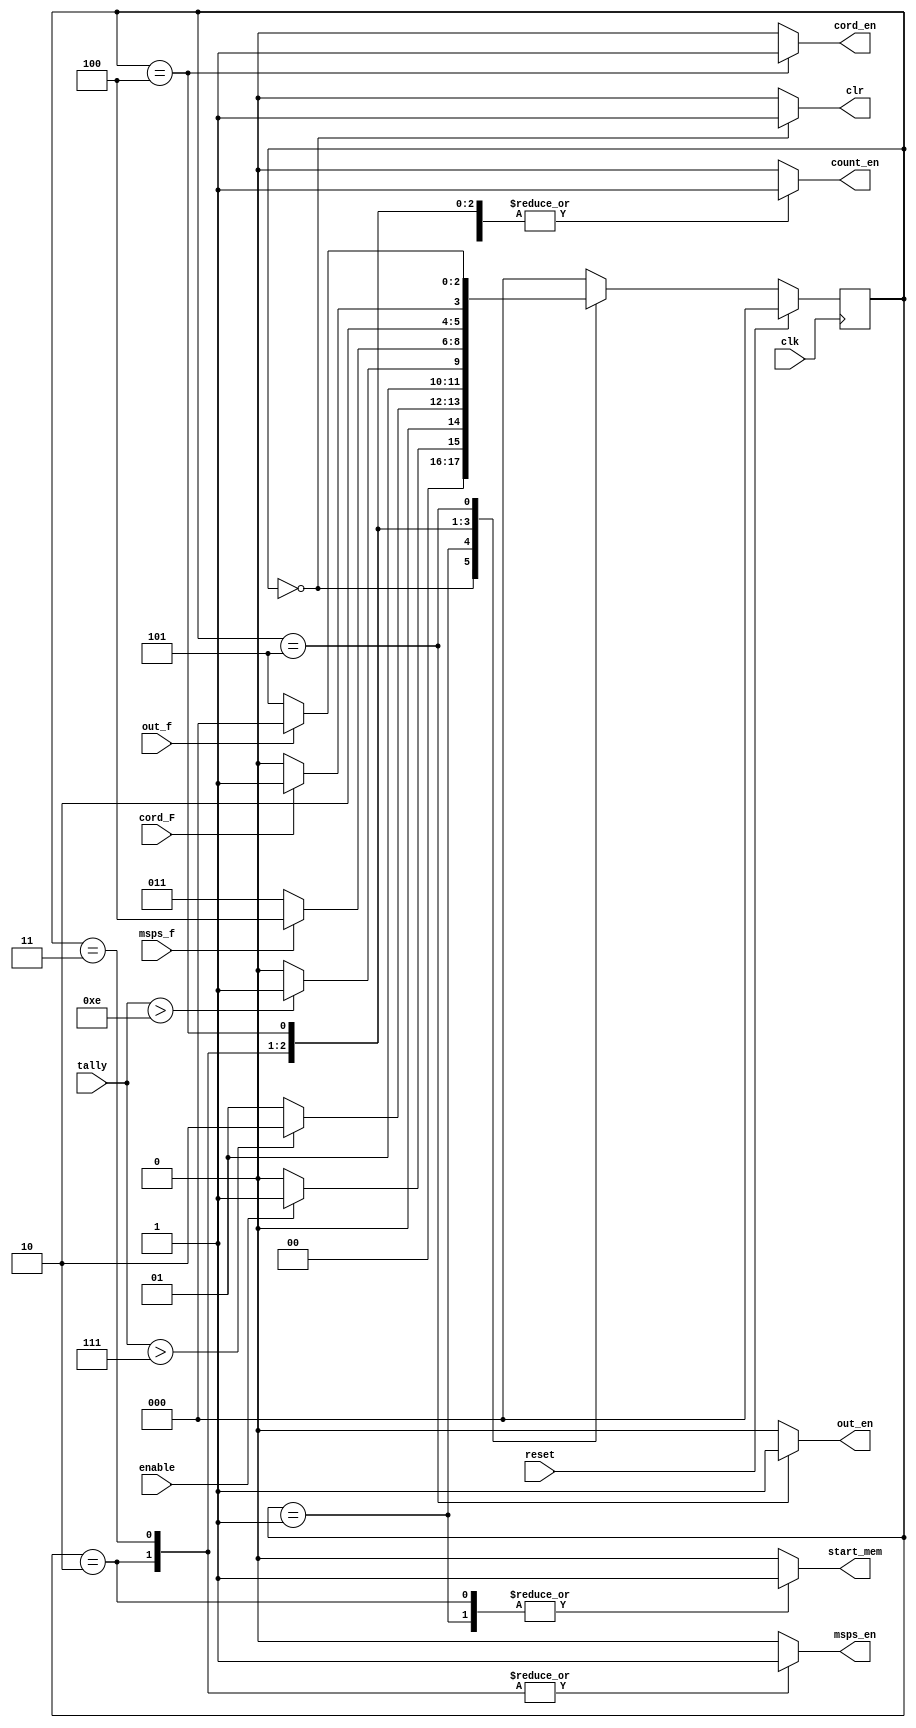
`timescale 1ns / 1ps
//////////////////////////////////////////////////////////////////////////////////
// Company: 
// Engineer: 
// 
// Design Name: 
// Module Name: controlpath
// Project Name: 
// Target Devices: 
// Tool Versions: 
// Description: 
// 
// Dependencies: 
// 
// Revision:
// Revision 0.01 - File Created
// Additional Comments:
// 
//////////////////////////////////////////////////////////////////////////////////


module controlpath#(parameter CLOCK_LIM = 6, DCT_POINT = 16, s0 = 3'b000, s1 = 3'b001, s2 = 3'b010, s3 = 3'b011
 , s4 = 3'b100, s5 = 3'b101)
(clk, reset, enable, clr, tally, start_mem, count_en, msps_en, msps_f, out_en, out_f, cord_F, cord_en);
input clk, reset, enable, msps_f, out_f, cord_F;
input [CLOCK_LIM-1:0] tally;
reg [2:0] state;
output reg clr, start_mem, count_en, msps_en, out_en, cord_en;

always @(posedge clk)
 begin
  if(reset)  state <= s0;
  else
   begin
    case(state)
     s0: begin 
          if(enable) state <= s1;
          else state <= s0;
         end
     s1: begin
          if(tally > (DCT_POINT/2)-1) state <= s2;  //check
          else state <= s1;
         end
     s2: begin
          if(tally > DCT_POINT - 2) state <= s3;  //check
          else state <= s2;
         end
     s3: begin
          if(msps_f) state <= s4;
          else state <= s3;
         end
     s4: begin
          if(cord_F) state <= s5;
          else state <= s4;
         end
     s5: begin
          if(out_f) state <= s0;
          else state <= s5;
         end
     default: state <= s0;
     
    endcase 
   end
 end
 
always @(state)
 begin
  case(state)
   s0: begin
        clr = 1;
        start_mem = 0;
        count_en = 0;
        msps_en = 0;
        cord_en = 0;
        out_en = 0;
       end
   s1: begin
        clr = 0;
        start_mem = 1;
        count_en = 1;
        msps_en = 0;
        cord_en = 0;
        out_en = 0;
       end
   s2: begin
        clr = 0; 
        start_mem = 1;
        count_en = 1;
        msps_en = 1;
        cord_en = 0;
        out_en = 0;
       end
   s3: begin
        clr = 0;
        start_mem = 0;
        count_en = 1;
        msps_en = 1;
        cord_en = 0;
        out_en = 0;
       end
   s4: begin
        clr = 0;
        start_mem = 0;
        count_en = 1;
        msps_en = 0;
        cord_en = 1;
        out_en = 0;
       end
   s5: begin
        clr = 0;
        start_mem = 0;
        count_en = 1;
        msps_en = 0;
        cord_en = 0;
        out_en = 1;
       end
   
   default: begin
             clr = 0;
             start_mem = 0;
             count_en = 0;
             msps_en = 0;
             cord_en = 0;
             out_en = 0;
            end
  endcase
 end
endmodule